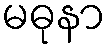
မဓုနာ